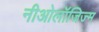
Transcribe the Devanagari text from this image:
नीओलॉजिज्म